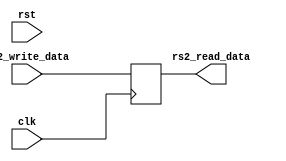
module rs2_register(clk,rst,rs2_write_data, rs2_read_data);

input clk,rst;

input [31:0] rs2_write_data;
output reg [31:0] rs2_read_data;

reg [31:0] mem;

always @(posedge clk) begin
  
mem <= rs2_write_data;

end

assign rs2_read_data = mem;

endmodule